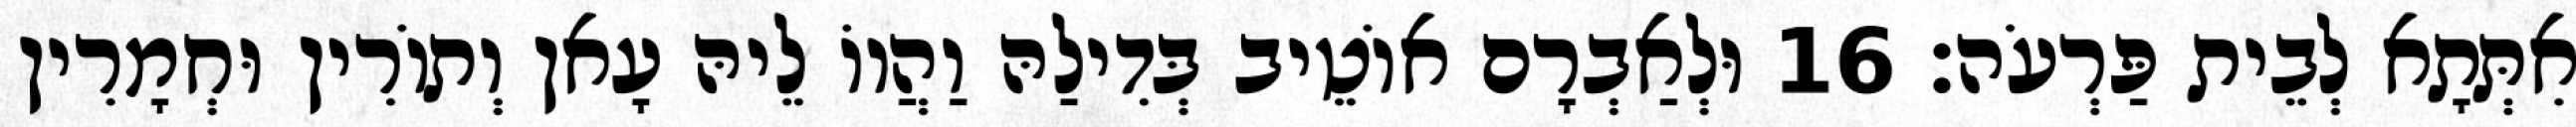
אִתְּתָא לְבֵית פַּרְעֹה׃ 16 וּלְאַבְרָם אוֹטֵיב בְּדִילַהּ וַהֲווֹ לֵיהּ עָאן וְתוֹרִין וּחְמָרִין